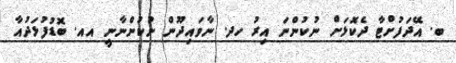
ބ. އޭދަފުށްޓާ ދެކޮޅަށް ނުކުންނަ އިރު ހދ. ނާވައިދޫން ނުކުންނާނީ އއ. ބޮޑުފުޅަދުއާ